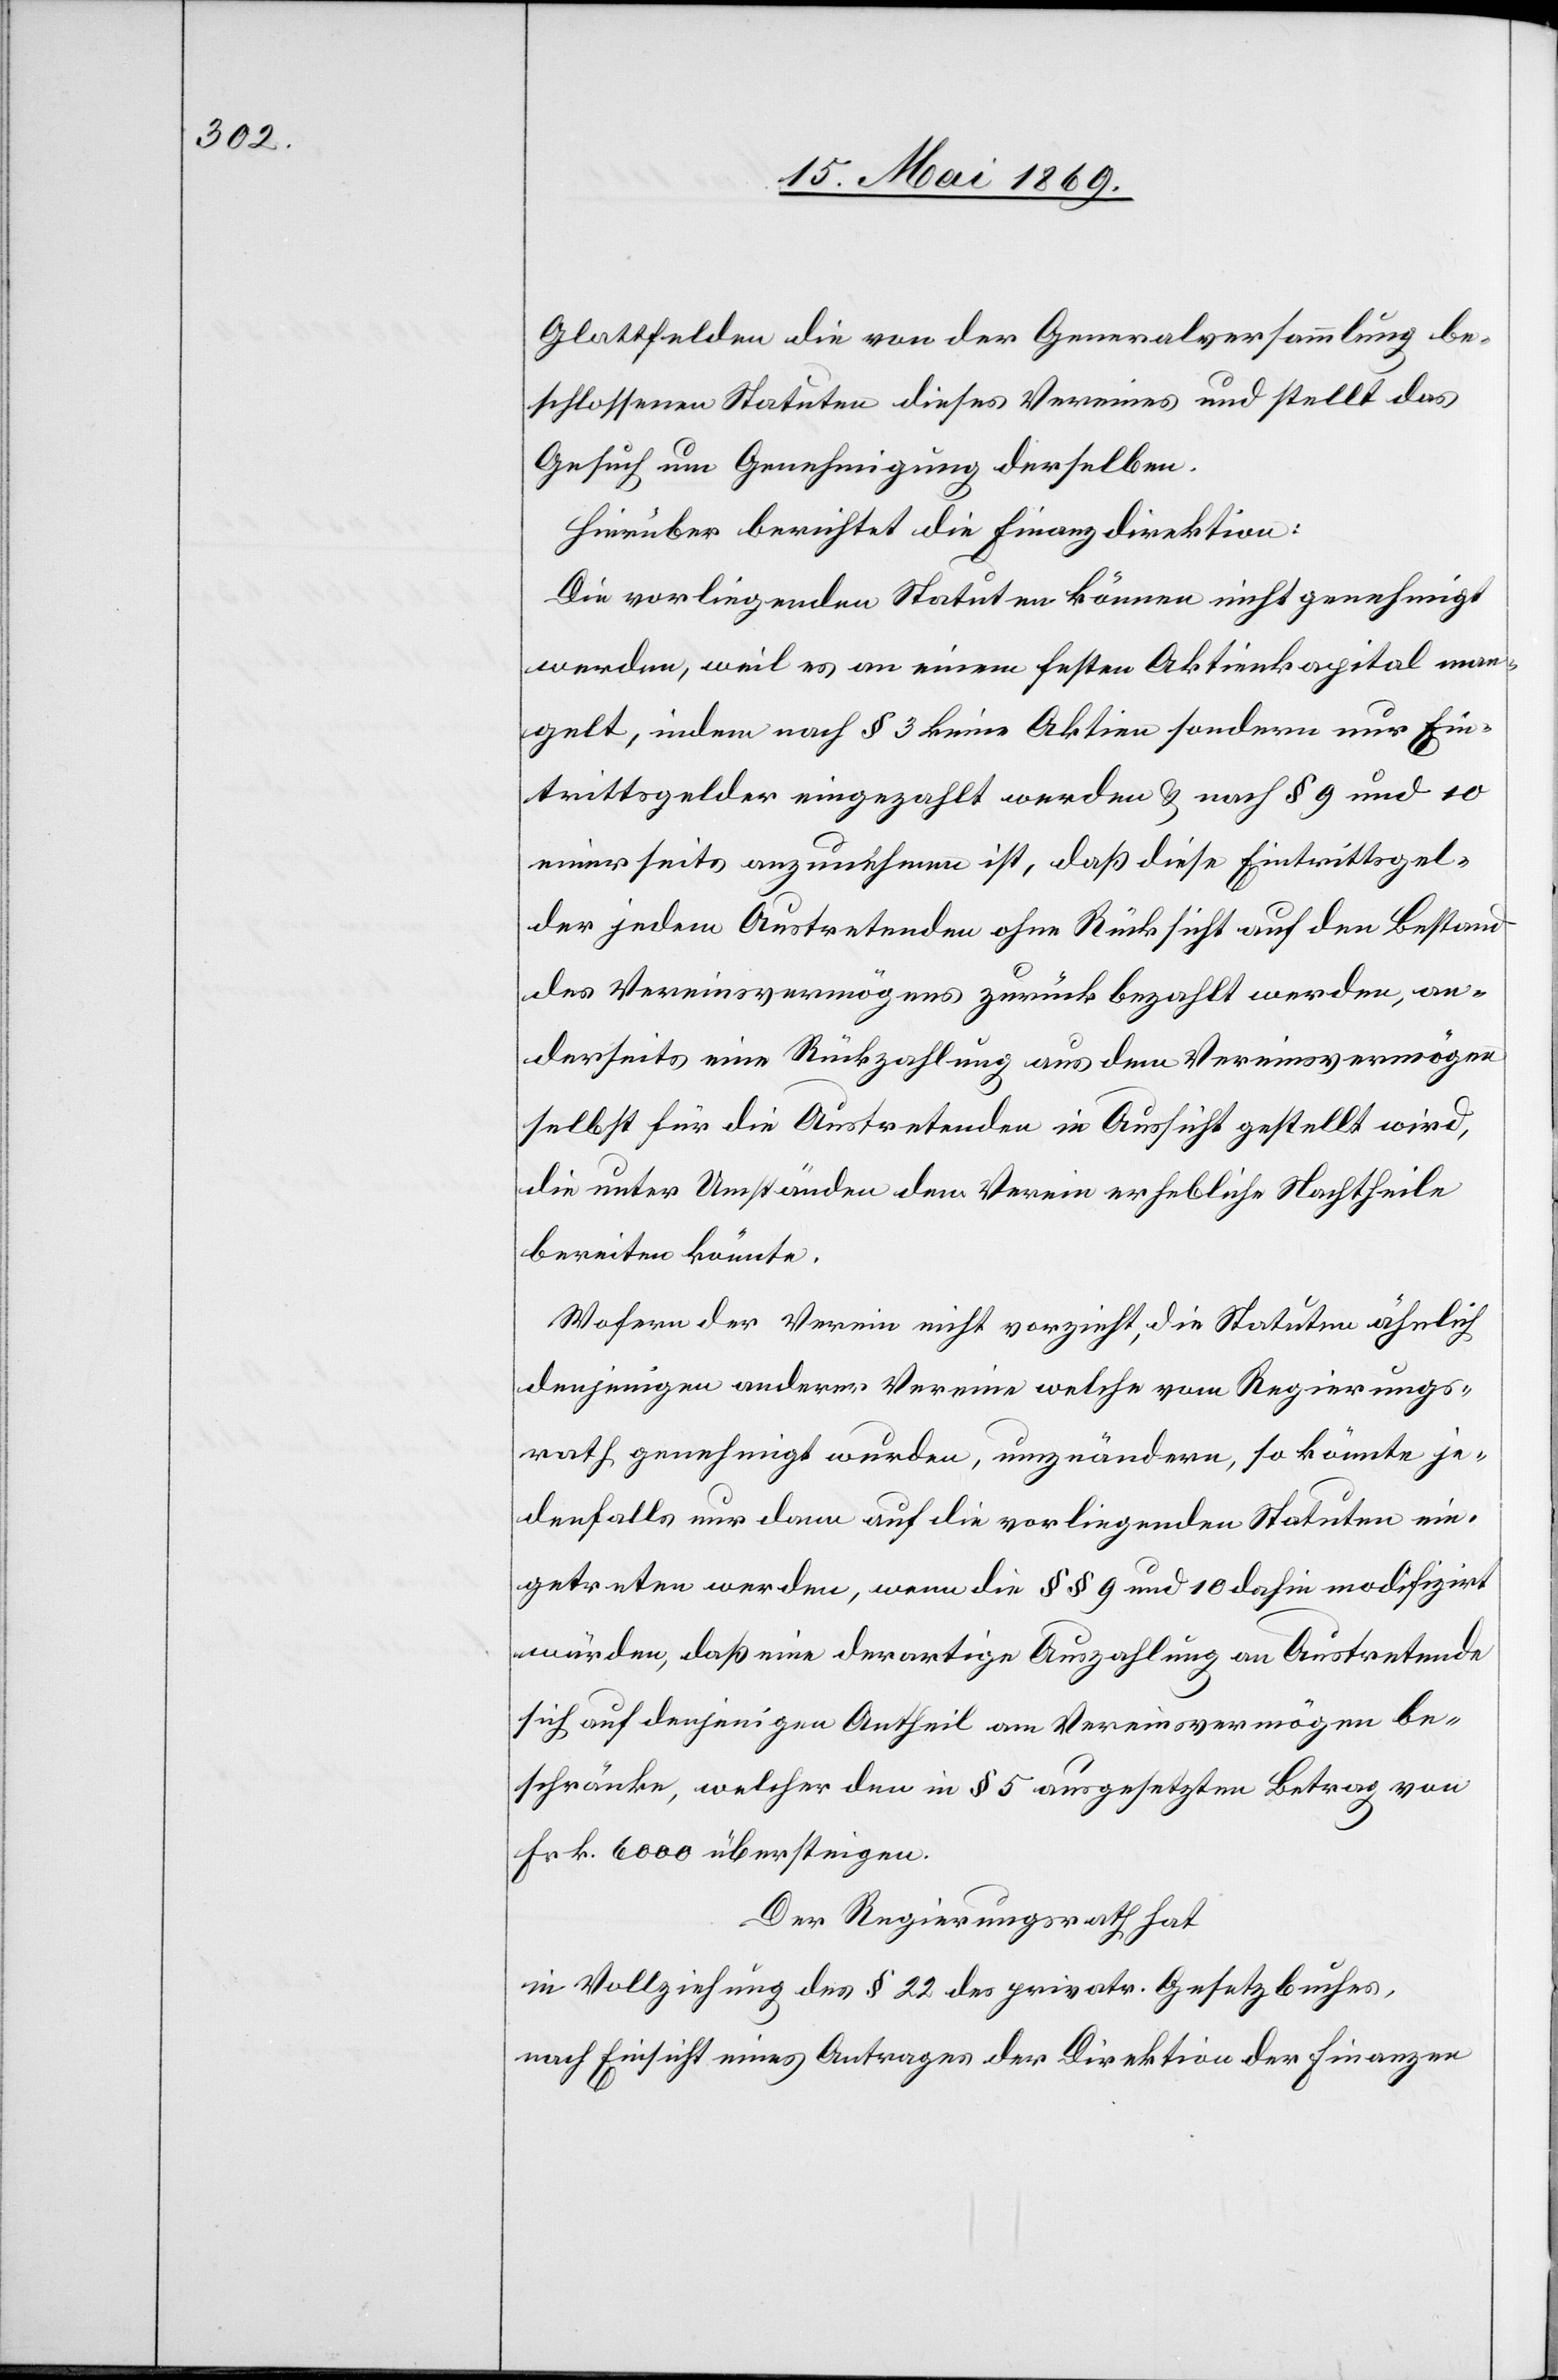
Glattfelden die von der Generalversammlung be¬
schlossenen Statuten dieses Vereines und stellt das
Gesuch um Genehmigung derselben.
Hierüber berichtet die Finanzdirektion:
Die vorliegenden Statuten können nicht genehmigt
werden, weil es an einem festen Aktienkapital man¬
gelt, indem nach § 3 keine Aktien sondern nur Ein¬
trittsgelder eingezahlt werden u. nach § 9 und 10
einerseits anzunehmen ist, daß diese Eintrittsgel¬
der jedem Austretenden ohne Rücksicht auf den Bestand
des Vereinsvermögens zurückbezahlt werden, an¬
derseits eine Rückzahlung aus dem Vereinsvermögen
selbst für die Austretenden in Aussicht gestellt wird,
die unter Umständen dem Verein erhebliche Nachtheile
bereiten könnte.
Wofern der Verein nicht vorzieht, die Statuten ähnlich
denjenigen anderer Vereine welche vom Regierungs¬
rath genehmigt wurden, umzuändern, so könnte je¬
denfalls nur dann auf die vorliegenden Statuten ein¬
getreten werden, wenn die § 9 und 10 dahin modifizirt
würden, daß eine derartige Auszahlung an Austretende
sich auf denjenigen Antheil am Vereinsvermögen be¬
schränke, welcher den in § 5 ausgesetzten Betrag von
Frk. 6000 übersteigen
Der Regierungsrath hat,
in Vollziehung des § 22 des privatr. Gesetzbuches,
nach Einsicht eines Antrages der Direktion der Finanzen